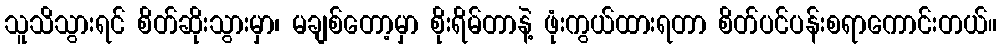
သူသိသွားရင် စိတ်ဆိုးသွားမှာ၊ မချစ်တော့မှာ စိုးရိမ်တာနဲ့ ဖုံးကွယ်ထားရတာ စိတ်ပင်ပန်းစရာကောင်းတယ်။